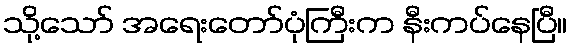
သို့သော် အရေးတော်ပုံကြီးက နီးကပ်နေပြီ။